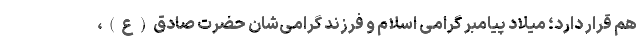
هم قرار دارد؛ میلاد پیامبر گرامی اسلام و فرزند گرامی‌شان حضرت صادق(ع)،